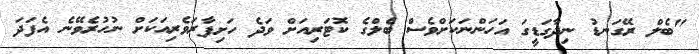
"ބެލް ރޭގަނޑު ނިދާގަޑީގަ އަހަންނަކަށްވެސް ބެލްގެ ކޮޓަރިއަށް ވަދެ ހަށިފާރަވެރިއަކަށް ނުހުރެވޭނެ އެފަދަ